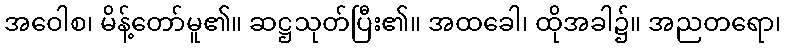
အဝေါစ၊ မိန့်တော်မူ၏။ ဆဋ္ဌသုတ်ပြီး၏။ အထခေါ၊ ထိုအခါ၌။ အညတရော၊